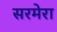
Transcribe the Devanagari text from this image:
सरमेरा